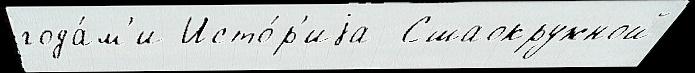
года́м'и Исто́р'иjа  Сшаокружной